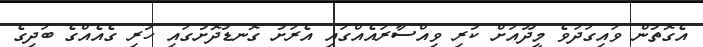
އެގޮތުން ވައިގަދަވެ މީދޫއަށް ކުރި ވިއްސާރައެއްގައި އެރަށު ގޮނޑުދޮށުގައި ހުރި ގެއެއްގެ ބަދިގެ